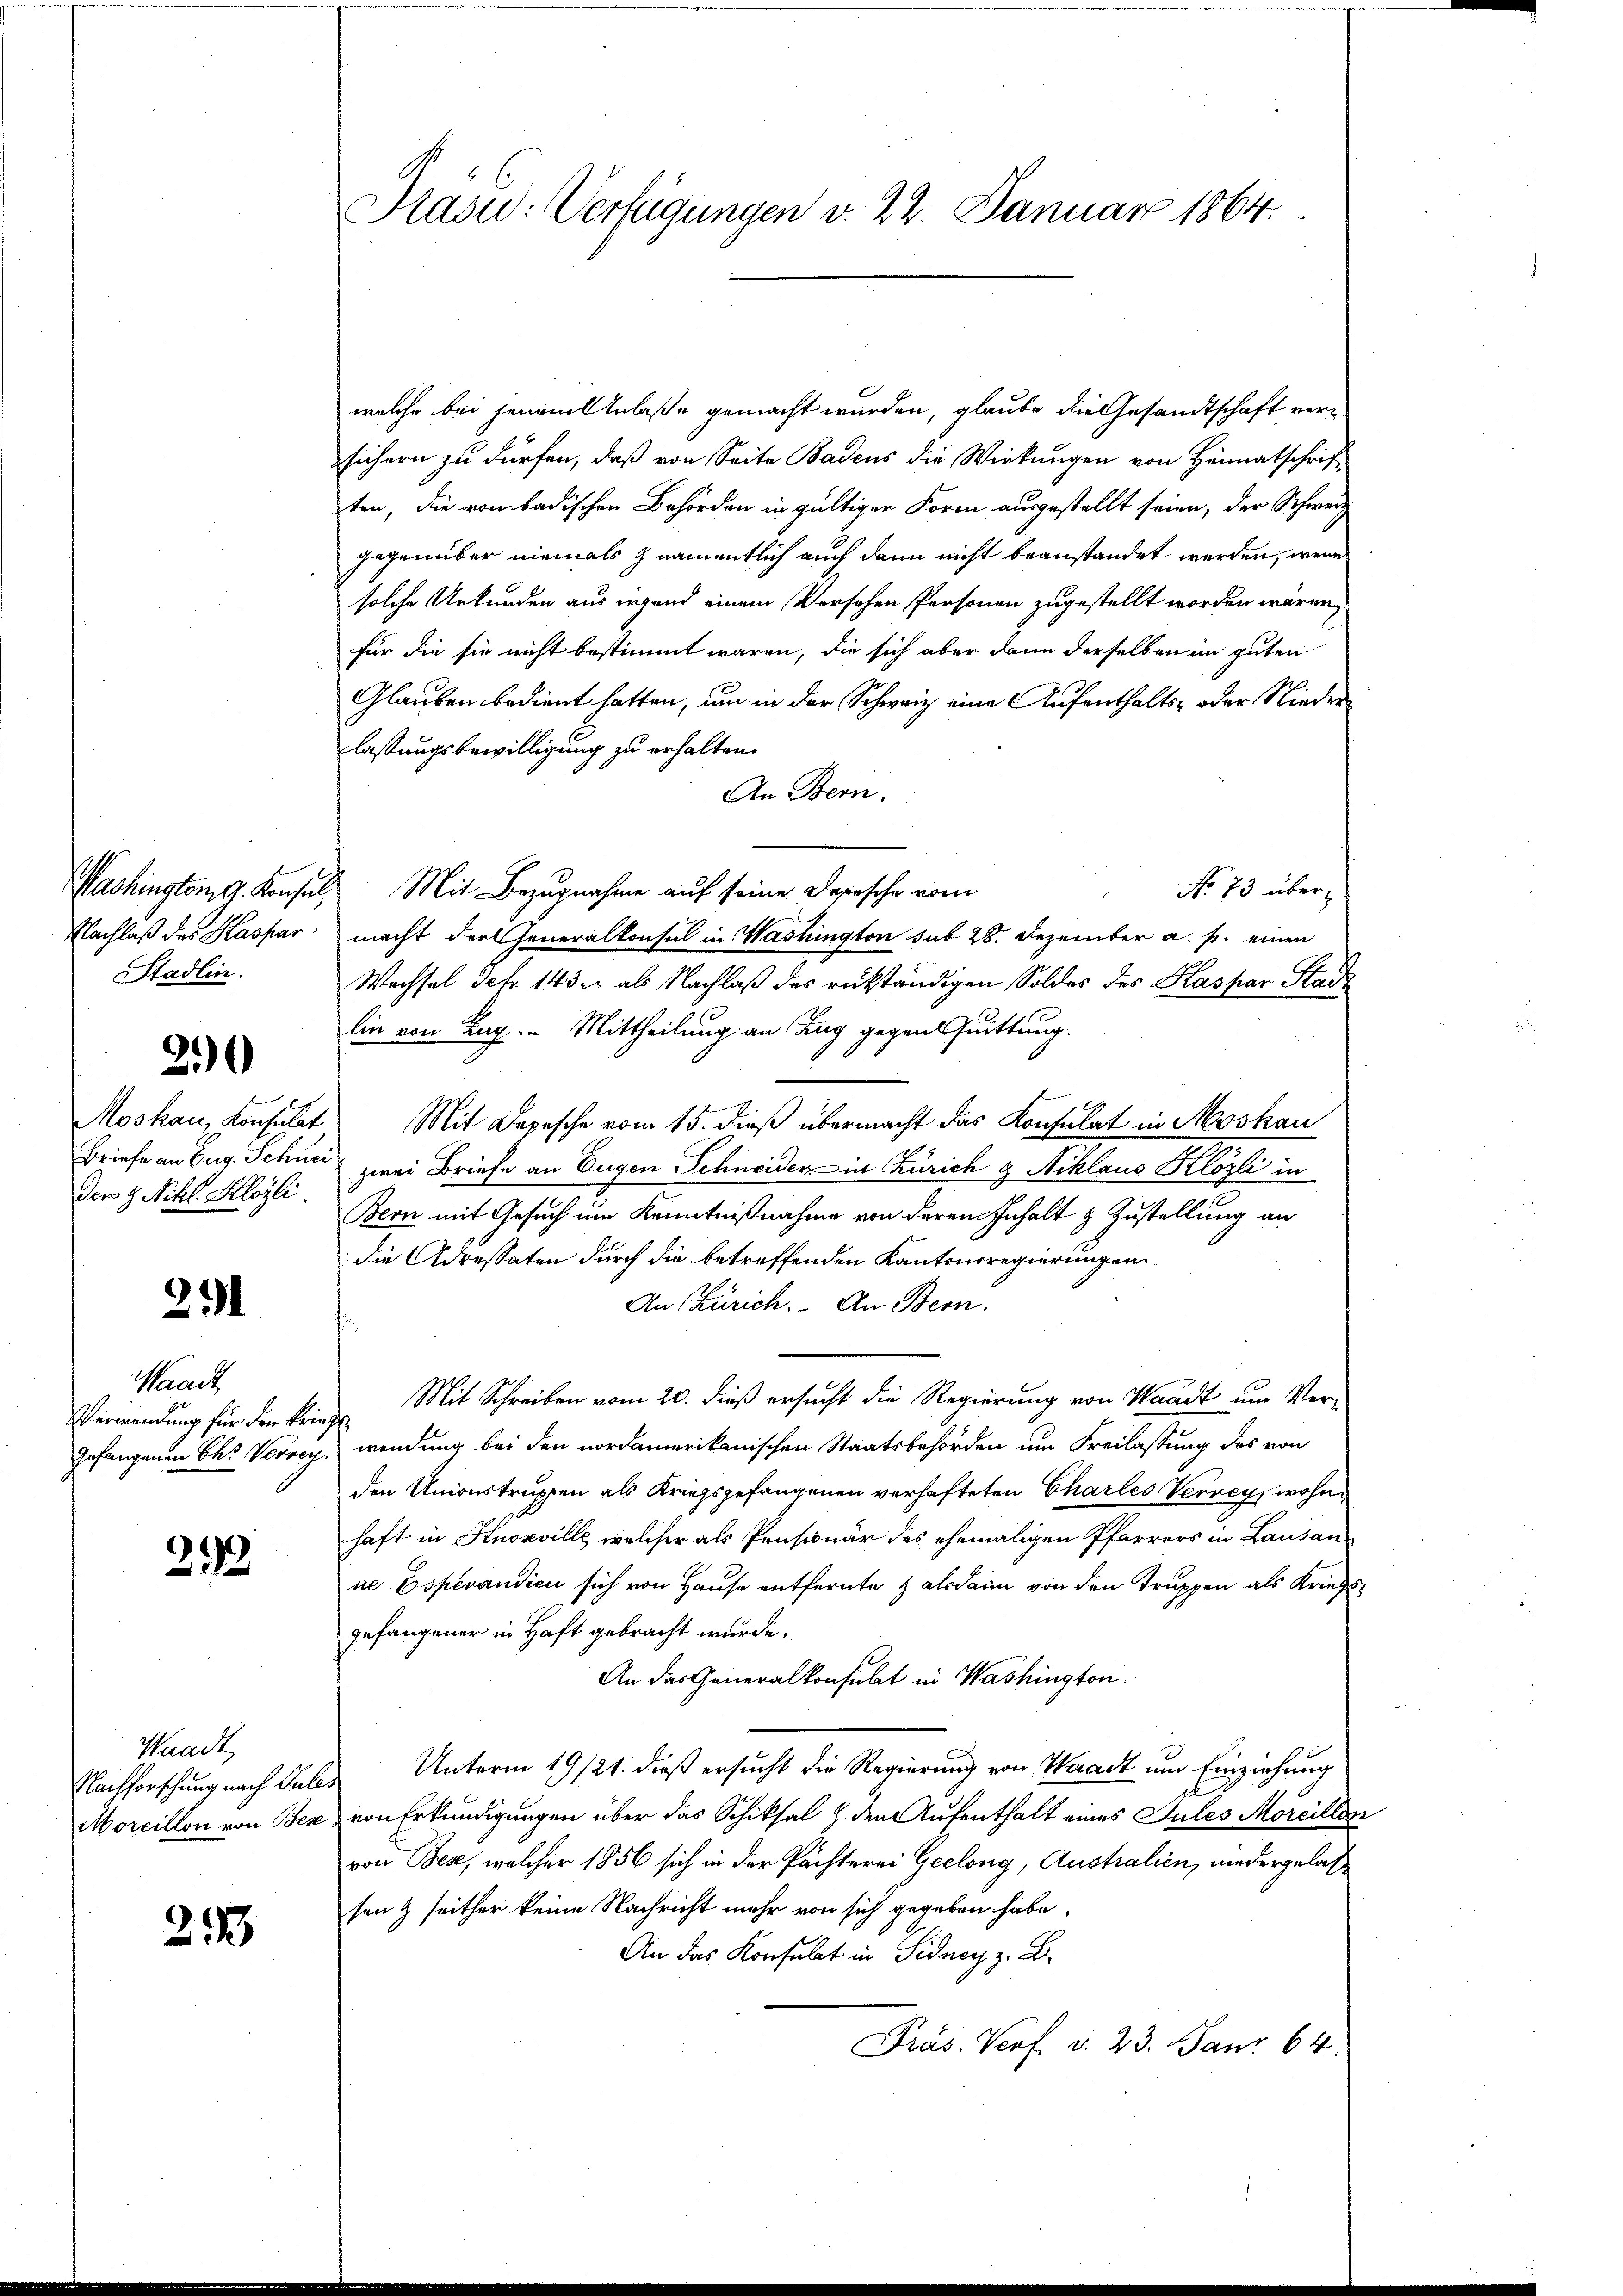
Nachlaß des Kaspar
Stadlin.

Moskau, Konsulat
Briefe an Eug. Schner
der H. Nikl. Klozli.

25

291

Waadt
Verwendung für den krieg
Gefangenen Okt. Verrech

22

Waadt,
Nachforschung nach Sule.
Morcillon von Bese

25

Prasi: Verfügungen v. 22. Januar 1864.

welche bei jenem Anlaße gemacht wurden, glaube die Gesandtschaft versichern zu dürfen, daß von Seite Badens die Wirkungen von Heimatschriften, die von badischen Behörden in gültiger Form ausgestellt seien, der Schweiz
gegenüber niemals namentlich auch dann nicht beanstandet werden, wenn
solche Urkunden aus irgend einem Versehen Personen zugestellt worden wären,
für die sie nicht bestimmt waren, die sich aber dann derselben in guten
Glauben bedient hatten, um in der Schweiz eine Aufenthalts- oder Niederlassungsbewilligung zu erhalten.
An Bern.
No 73 über¬
Washington G. Konsul Mit Bezugnahme auf seine Depesche vom
macht der Generalkonsul in Washington sub 28. Dezember a. p. einen
Wechsel de fr. 143 u. als Nachlaß des rükständigen Soldes des Kaspar Stadt
lin von Zug. - Mittheilung an Zug gegen Quittung.
 Mit Depesche vom 15. dieß übermacht das Konsulat in Moskau
zwei Briefe an Eugen Schneider in Zürich & Niklaus Klözli in
Bern mit Gesuch um Kenntnißnahme von derem Inhalt & Zustellung an
die Adressaten durch die betreffenden Kantonsregierungen
An Zürich. An Bern.
Mit Schreiben vom 20. dieß ersucht die Regierung von Waadt um Ver-
c
wendung bei den nordamerikanischen Staatsbehörden um Freilassung des von
den Unionstruppen als Kriegsgefangenen verhafteten Charles Verrey, wohnhaft in Knoxville, welcher als Pensionär des ehemaligen Pfarrers in Lausan
ne. Esperandieu sich von Hause entfernte alsdann von den Truppen als Kriegsgefangener in Haft gebracht wurde.
An das Generalkonsulat in Washington
 Unterm 19/21. dieß ersucht die Regierung von Waadt um Einziehung
von Erkundigungen über das Schiksal & den Aufenthalt eines Pules Morcillen
von Beze, welcher 1856 sich in der Pächterei Geelong, Australien, niedergelassen & seither keine Nachricht mehr von sich gegeben habe,
An das Konsulat in Sidney z. B.
Präs. Verf. d. 23. Janr 64.